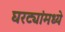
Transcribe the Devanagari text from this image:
घरट्यांमध्ये